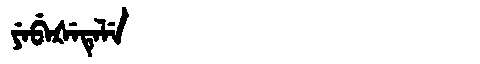
Manchu: ᠶᡝᠪᡝᡧᡝᡨᡝᠯᡝ
Romanization: YEBEŠETELE